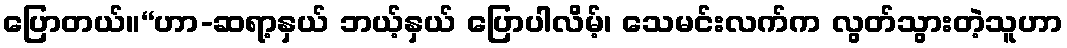
ပြောတယ်။“ဟာ-ဆရာ့နှယ် ဘယ့်နှယ် ပြောပါလိမ့်၊ သေမင်းလက်က လွတ်သွားတဲ့သူဟာ